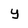
Character: y